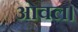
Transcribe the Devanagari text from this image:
ओवल।